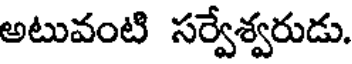
అటువంటి సర్వేశ్వరుడు.